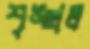
শৃঙ্খল